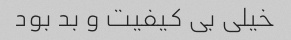
خیلی بی کیفیت و‌ بد بود